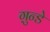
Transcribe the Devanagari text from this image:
ग़ुन्डे